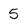
Character: 5